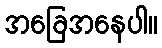
အခြေအနေပါ။